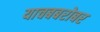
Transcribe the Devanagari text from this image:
याचबबरोबर